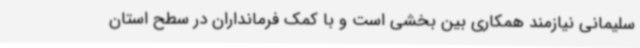
سلیمانی نیازمند همکاری بین بخشی است و با کمک فرمانداران در سطح استان